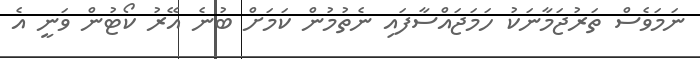
ނަމަވެސް ތަރުޖަމާނަކު ހަމަޖައްސާފައި ނެތުމުން ކަމަށް ބުނެ އޭރު ކޯޓުން ވަނީ އެ